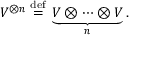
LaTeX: V ^ { \otimes n } \; { \overset { \mathrm { d e f } } { = } } \; \underbrace { V \otimes \cdots \otimes V } _ { n } .